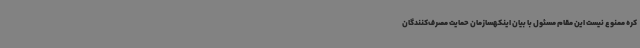
کره ممنوع نیست این مقام مسئول با بیان اینکهسازمان حمایت مصرف‌کنندگان